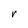
Character: r